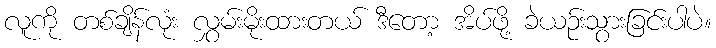
လူကို တစ်ချိန်လုံး လွှမ်းမိုးထားတယ် ဒီတော့ အိပ်ဖို့ ခဲယဉ်းသွားခြင်းပါပဲ။